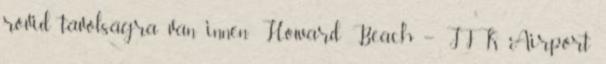
rövid távolságra van innen: Howard Beach – JFK Airport